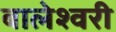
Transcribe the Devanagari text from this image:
बालेश्वरी